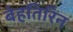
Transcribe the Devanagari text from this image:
बेहतिरिन